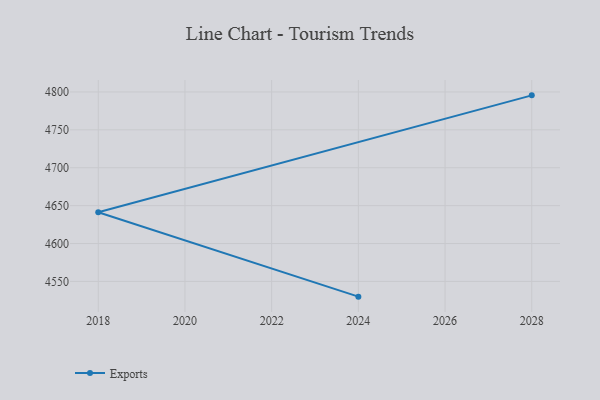
{"axis": {"x": "Year", "y": "Backlog"}, "legend": ["Exports"], "data": [{"x": "2028", "y": 4795.5, "type": "Exports"}, {"x": "2018", "y": 4641.2, "type": "Exports"}, {"x": "2024", "y": 4529.9, "type": "Exports"}]}